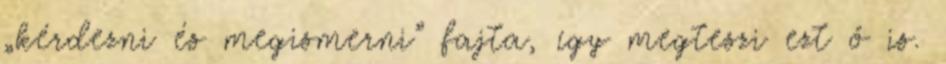
„kérdezni és megismerni” fajta, így megteszi ezt ő is.